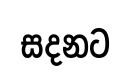
සදනට